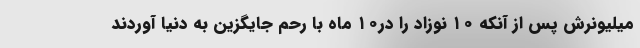
میلیونرش پس از آنکه ۱۰ نوزاد را در۱۰ ماه با رحم جایگزین به دنیا آوردند